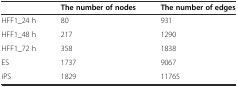
<table><thead><tr><td></td><td><b>The number of nodes</b></td><td><b>The number of edges</b></td></tr></thead><tbody><tr><td>HFF1_24 h</td><td>80</td><td>931</td></tr><tr><td>HFF1_48 h</td><td>217</td><td>1290</td></tr><tr><td>HFF1_72 h</td><td>358</td><td>1838</td></tr><tr><td>ES</td><td>1737</td><td>9067</td></tr><tr><td>iPS</td><td>1829</td><td>11765</td></tr></tbody></table>